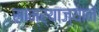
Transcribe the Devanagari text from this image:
साम्र्याज्याने